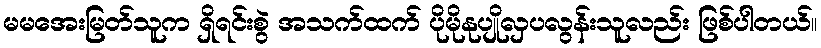
မမအေးမြတ်သူက ရှိရင်းစွဲ အသက်ထက် ပိုမိုနုပျိုလှပလွန်းသူလည်း ဖြစ်ပါတယ်။